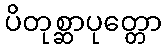
ပိတုစ္ဆာပုတ္တော